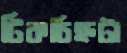
টিকচিহ্নটা